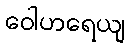
ဝေါဟရေယျ